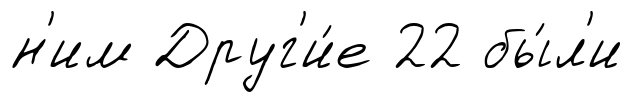
н'им Друг'и́е 22 бы́л'и